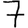
Digit: 7